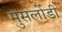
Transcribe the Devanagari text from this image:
मुसलोंडी